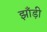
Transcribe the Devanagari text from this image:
झाँड़ी